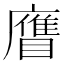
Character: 𥊹